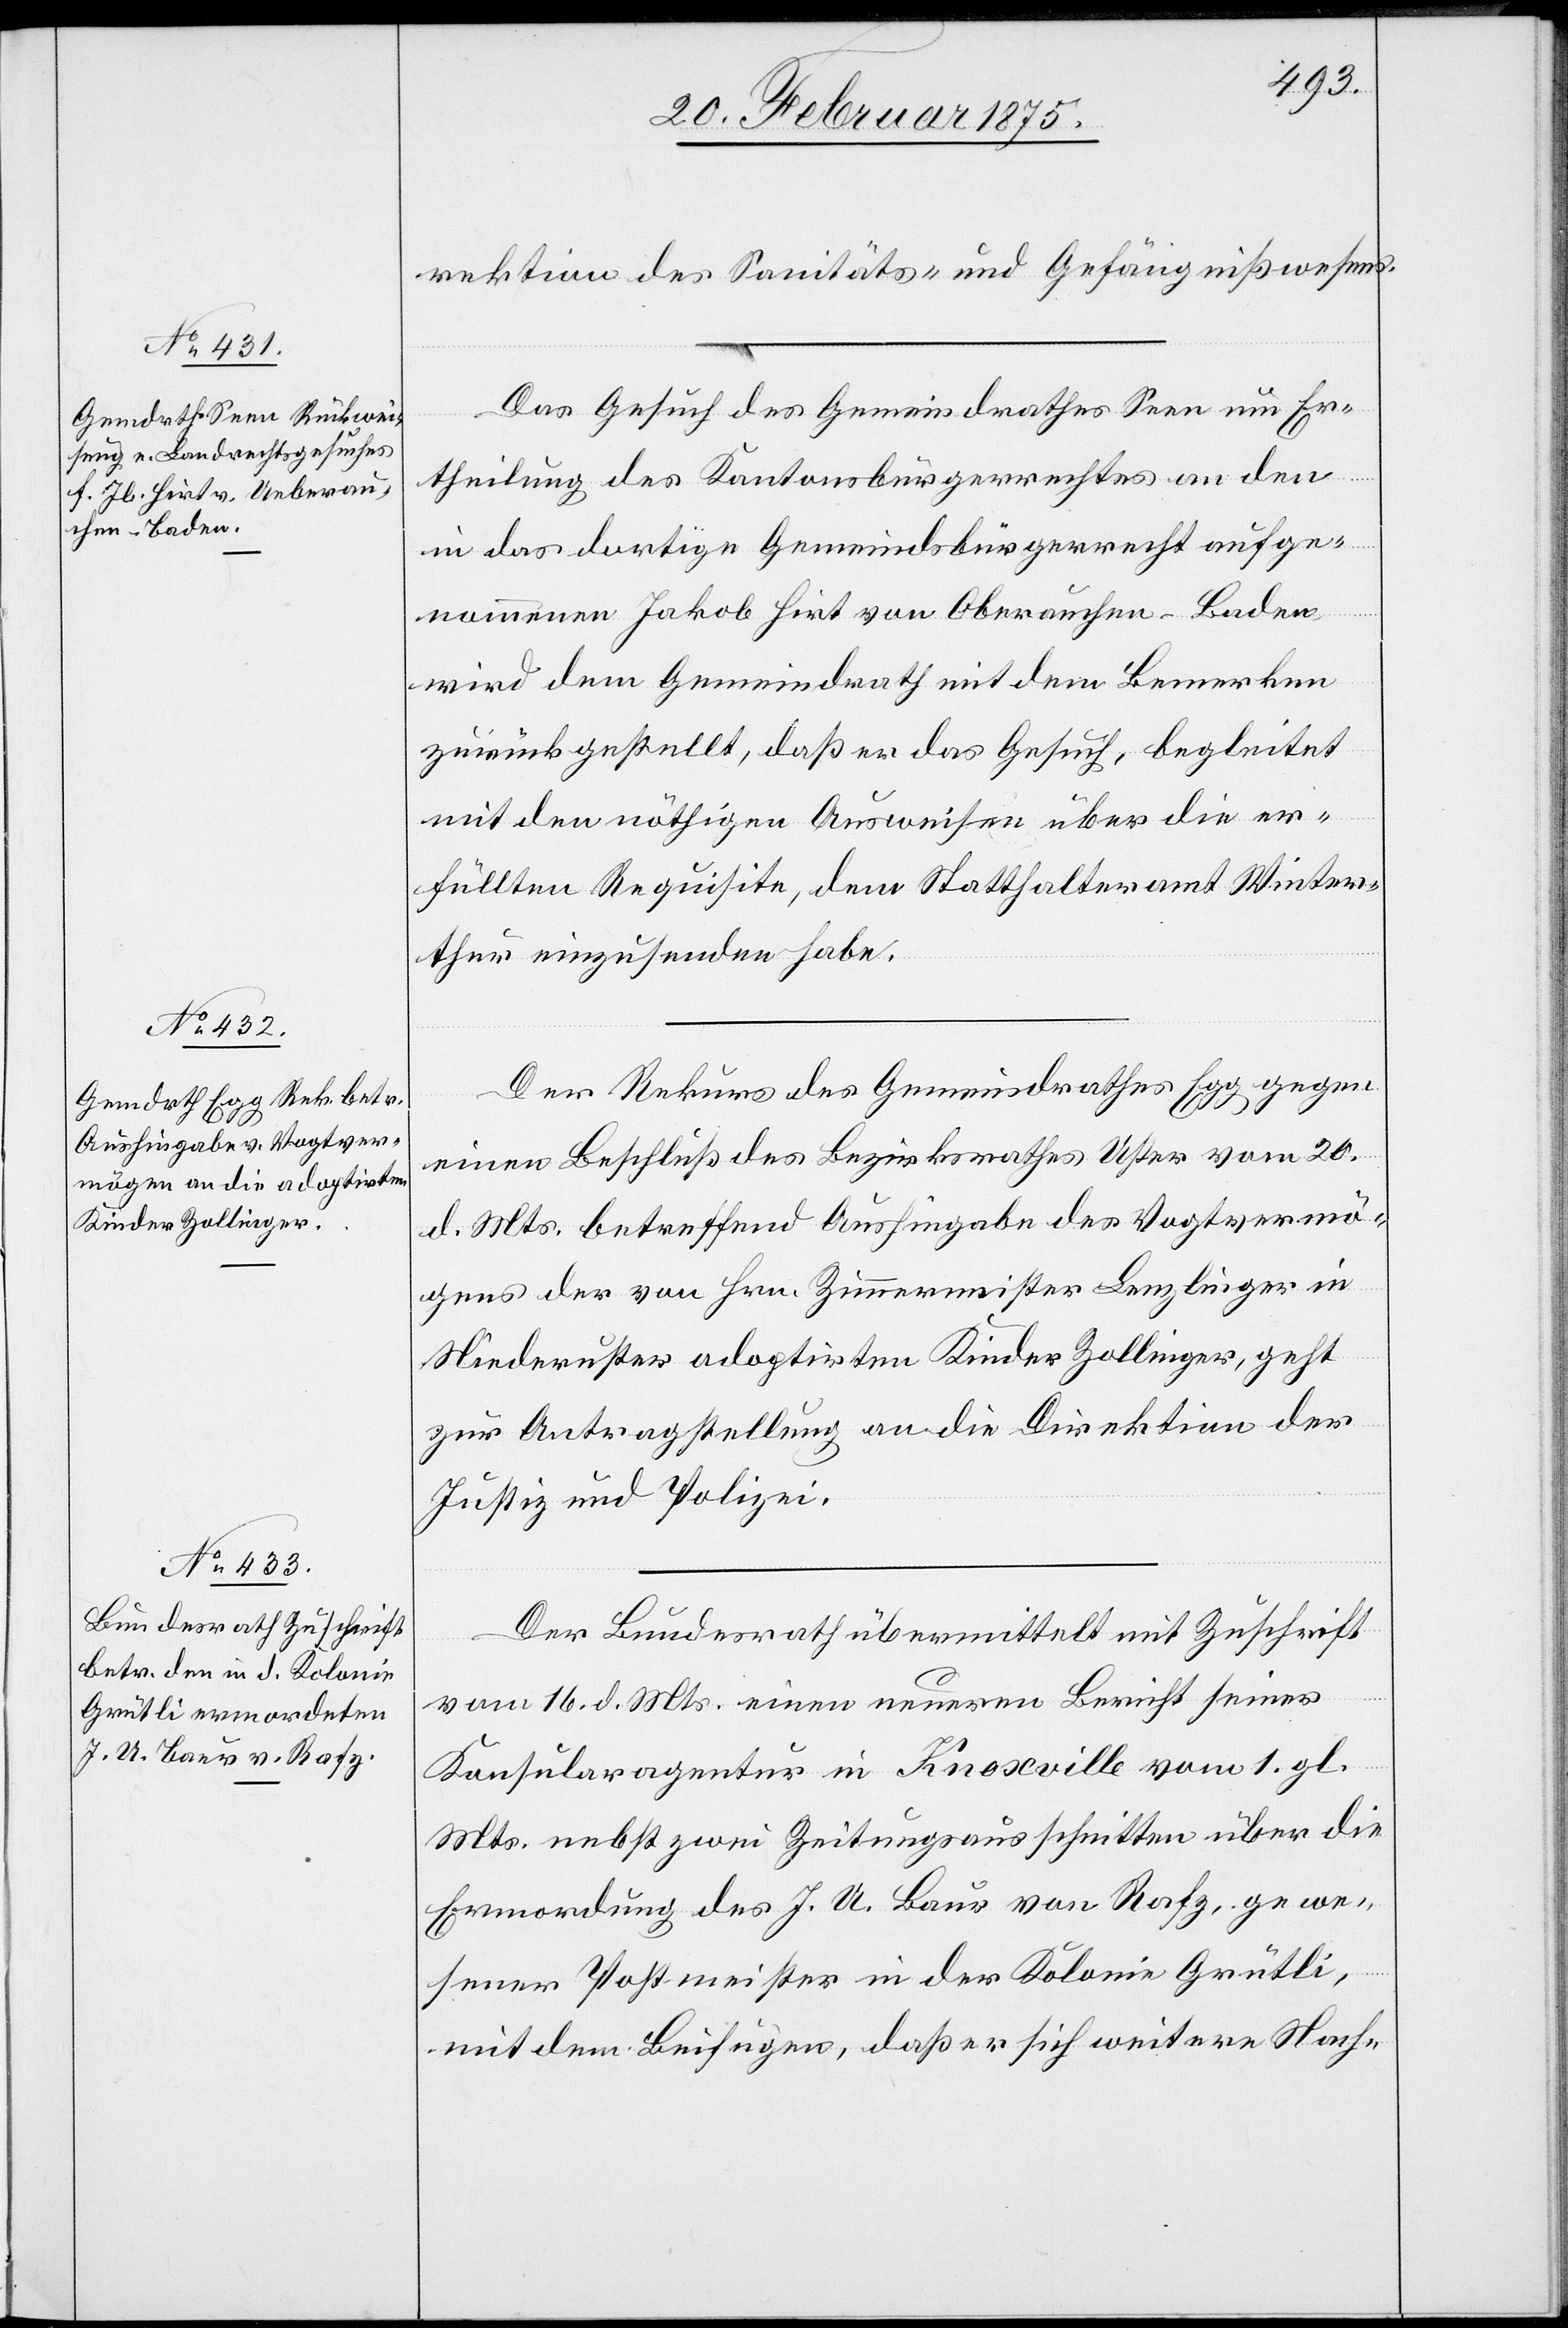
25. Februar 1875.]
rektion des Sanitäts- und Gefängnißwesens.
Das Gesuch des Gemeindrathes Seen um Er¬
theilung des Kantonsbürgerrechtes an den
in das dortige Gemeindsbürgerrecht aufge¬
nommenen Jakob Hirt von Oberauchen [sic!]-Baden
wird dem Gemeindrath mit dem Bemerken
zurückgestellt, daß er das Gesuch, begleitet
mit den nöthigen Ausweisen über die er¬
füllten Requisite, dem Statthalteramt Winter¬
thur einzusenden habe.
Der Rekurs des Gemeindrathes Egg gegen
einen Beschluß des Bezirksrathes Uster vom 20.
d. Mts. betreffend Aushingabe des Vogtvermö¬
gens der von Hrn. Zimmermeister Lenzlinger in
Niederuster adoptirten Kinder Zollinger, geht
zur Antragstellung an die Direktion der
Justiz und Polizei.
Der Bundesrath übermittelt mit Zuschrift
vom 16. d. Mts. einen neueren Bericht seiner
Konsularagentur in Knoxville vom 1. gl.
Mts. nebst zwei Zeitungsausschnitten über die
Ermordung des J. A. Baur von Rafz, gewe¬
sener Postmeister in der Kolonie Grütli,
mit dem Beifügen, daß er sich weiter Nach-